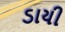
ડાયી